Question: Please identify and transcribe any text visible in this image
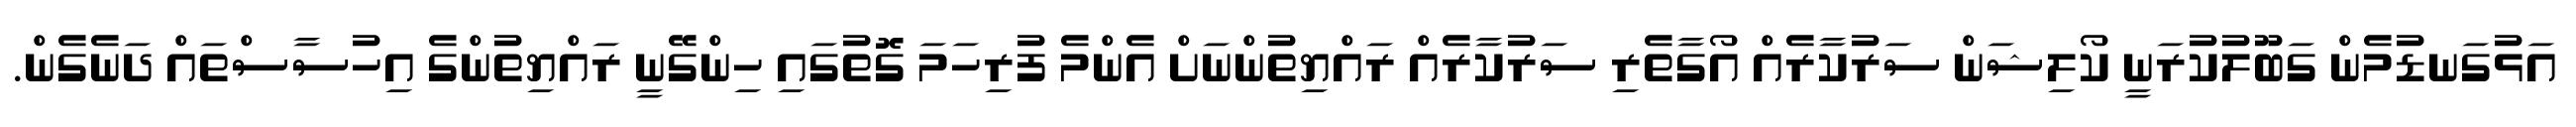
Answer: އަޅުގަނޑުމެން ގަބޫލުކުރަނީ ކޯލިޝަން ސަރުކާރެއް އޯގާތެރި ސަރުކާރެއް ރައްޔިތުންނަށް އެންމެ ފުރިހަމަ ގޮތުގައި ހިންގޭނީ ރައްޔިތުންގެ އިހުސާސްތައް ދަނެގެން.